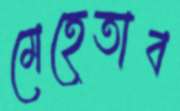
মেহেতাব